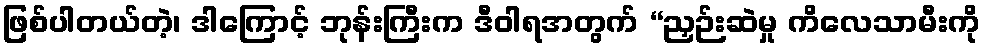
ဖြစ်ပါတယ်တဲ့၊ ဒါကြောင့် ဘုန်းကြီးက ဒီဝါရအတွက် “ညှဉ်းဆဲမှု ကိလေသာမီးကို